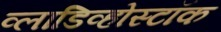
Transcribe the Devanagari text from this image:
व्लाडिव्होस्टॉक